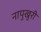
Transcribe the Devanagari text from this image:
नापुखुरी